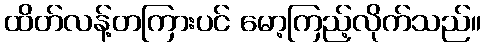
ထိတ်လန့်တကြားပင် မော့ကြည့်လိုက်သည်။